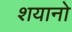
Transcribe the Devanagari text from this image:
शयानो